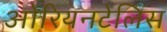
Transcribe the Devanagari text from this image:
ओरियनटेलिस